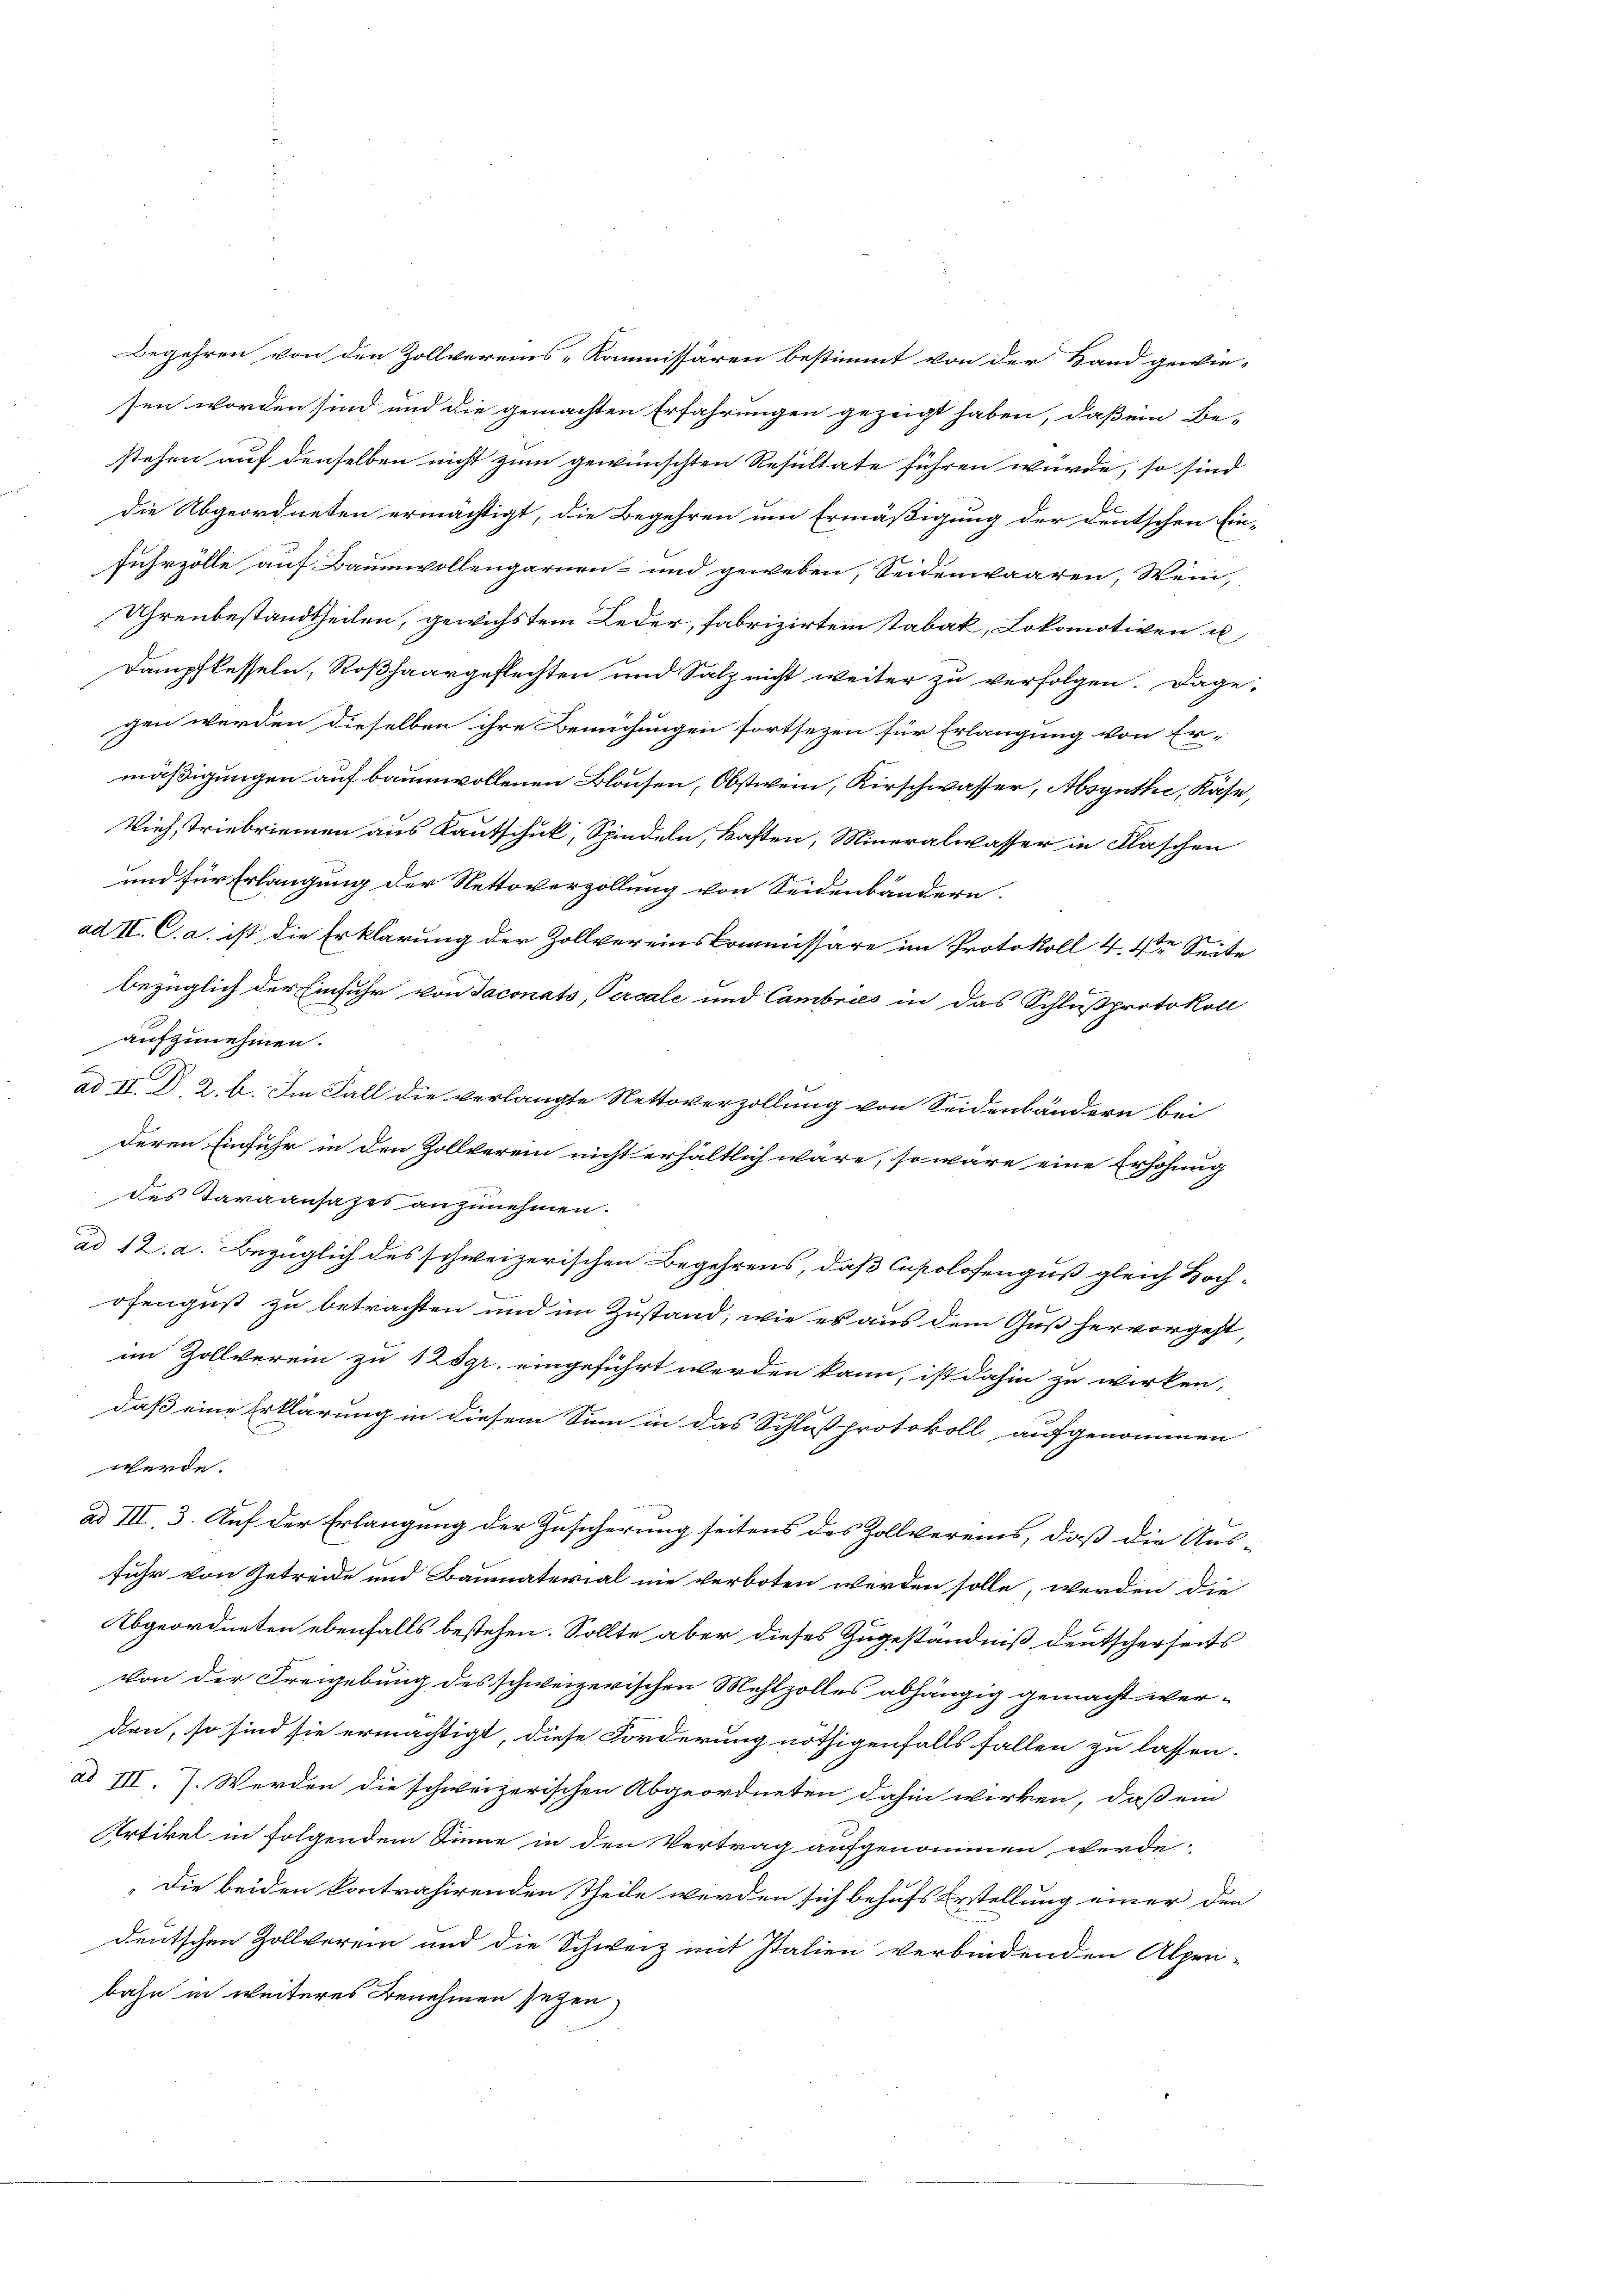
Begehren von den Zollvereins-Kommissären bestimmt von der Hand gewie-
sen worden sind und die gemachten Erfahrungen gezeigt haben, daß ein Be-
stehen auf denselben nicht zum gewünschten Resultate führen würde, so sind
die Abgeordneten ermächtigt, die Begehren um Ermäßigung der Deutschen Ein-
fuhrzölle auf Baumwollengarnen- und geweben, Seidenwaaren, Wein,
Uhrenbestandtheilen, gewichstem Leder, fabrizirten Stabak, Lokomotiven u
Dampfkesseln, Roßhaargeflechten und Salz nicht weiter zu verfolgen. Dagegen werden dieselben ihre Bemühungen fortsezen für Erlangung von Er-
mäßigungen auf baumwollenen Blochen, Obstwein, Kirschwasser, Absynthe, Käse,
Vieh, Triebriemen aus Kautschuk, Spindeln, kasten, Mineralwasser in Flaschen
und für Erlangung der Nettoverzollung von Seidenbändern.
ad II. C. a. ist die Erklärung der Zollvereinskommissäre im Protokoll 4. 4te Seite
bezüglich der Einfuhr von Jaconats, Percale und Cambris in das Schlußprotokoll
aufzunehmen.
u
ad II. D. 2. b. Im Fall die verlangte Nettoverzollung von Seidenbändern bei
deren Einfuhr in den Zollverein nicht erhältlich wäre, so wäre eine Erhöhung
des Taraansazes anzunehmen.
C
ad 12. a. Bezüglich des schweizerischen Begehrens, daß Capolosengus gleich Bochofengust zu betrachten und im Zustand, wie es aus dem Guß hervorgeht
im Zollverein zu 125 gr. eingeführt werden kann, ist dahin zu wirken,
daß eine Erklärung in diesem Sinn in das Schlussprotokoll aufgenommen
werde.
ad III, 3. Auf der Erlangung der Zusicherung seitens des Zollvereins, daß die Aus-
fuhr von Getreide und Baumaterial nie verboten werden solle, werden die
Abgeordneten ebenfalls bestehen. Sollte aber dieses Zugeständniß deutscherseits
von der Freigebung des schweizerischen Mehlzolles abhängig gemacht wer-
den, so sind sie ermächtigt, diese Forderung nöthigenfalls fallen zu lassen.
ad III. J. Werden die schweizerischen Abgeordneten dahin wirken, daß ein
Artikel in folgendem Sinne in den Vertrag aufgenommen werde.
„Die beiden kontrahirenden Theile werden sich behufs Erstellung einer den
deutschen Zollverein und die Schweiz mit Italien verbindenden Alperi-
bahn in weiteres Benehmen seyen.